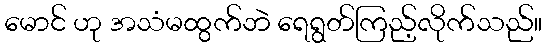
မောင် ဟု အသံမထွက်ဘဲ ရေရွတ်ကြည့်လိုက်သည်။